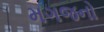
મગજનો